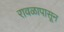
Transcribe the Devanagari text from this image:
रावळापासून